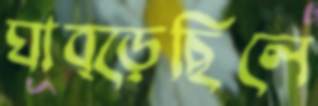
ঘাব্‌ড়েছিলে